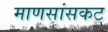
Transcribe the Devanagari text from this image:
माणसांसकट